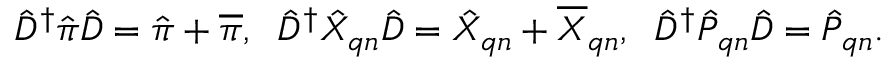
\begin{array} { r } { \hat { D } ^ { \dagger } \hat { \boldsymbol { \pi } } \hat { D } = \hat { \boldsymbol { \pi } } + \overline { { \boldsymbol { \pi } } } , \; \; \hat { D } ^ { \dagger } \hat { X } _ { \boldsymbol { q } n } \hat { D } = \hat { X } _ { \boldsymbol { q } n } + \overline { { X } } _ { \boldsymbol { q } n } , \; \; \hat { D } ^ { \dagger } \hat { P } _ { \boldsymbol { q } n } \hat { D } = \hat { P } _ { \boldsymbol { q } n } . } \end{array}